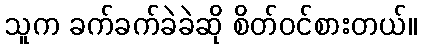
သူက ခက်ခက်ခဲခဲဆို စိတ်ဝင်စားတယ်။